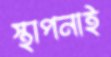
স্থাপনাই